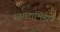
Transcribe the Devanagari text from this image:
स्वमताभिमान